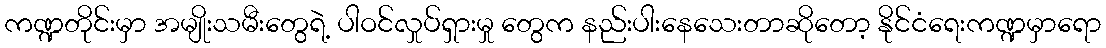
ကဏ္ဍတိုင်းမှာ အမျိုးသမီးတွေရဲ့ ပါဝင်လှုပ်ရှားမှု တွေက နည်းပါးနေသေးတာဆိုတော့ နိုင်ငံရေးကဏ္ဍမှာရော